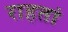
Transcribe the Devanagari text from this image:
राहतां